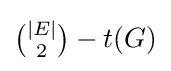
{\tbinom {|E|}{2}}-t(G)